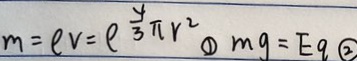
m = \rho v = \rho \frac { 4 } { 3 } \pi r ^ { 2 } \textcircled { 1 } m g = E q \textcircled { 2 }